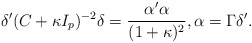
\begin{align*}\delta'(C+\kappa I_p)^{-2}\delta = \frac{\alpha'\alpha}{(1+\kappa)^2}, \alpha=\Gamma\delta'.\end{align*}